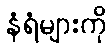
နံရံများကို